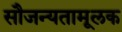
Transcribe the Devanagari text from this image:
सौजन्यतामूलक